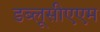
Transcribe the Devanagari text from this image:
डब्लूसीएएम